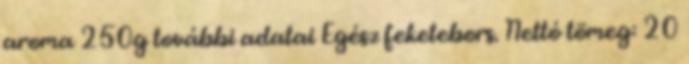
aroma 250g további adatai Egész feketebors. Nettó tömeg: 20